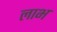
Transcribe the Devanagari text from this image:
लाभ्‍ा